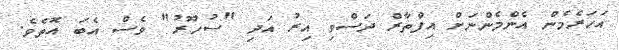
އަހަރެމެން އެންމެންނަށް އިފްތާރް ދަސްވި އިރު އަދި "ސުހޫރު" ވެސް އެބަ އޮތެވެ.